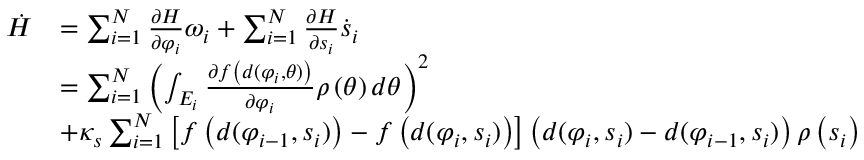
\begin{array} { r l } { \dot { H } } & { = \sum _ { i = 1 } ^ { N } { \frac { { \partial H } } { { \partial { \varphi _ { i } } } } { \omega _ { i } } } + \sum _ { i = 1 } ^ { N } { \frac { { \partial H } } { { \partial { s _ { i } } } } { { \dot { s } } _ { i } } } } \\ & { = \sum _ { i = 1 } ^ { N } { { { \left( { \int _ { { E _ { i } } } { \frac { { \partial f \left( { d ( { \varphi _ { i } } , \theta ) } \right) } } { { \partial { \varphi _ { i } } } } \rho \left( \theta \right) d \theta } } \right) } ^ { 2 } } } } \\ & { + { \kappa _ { s } } \sum _ { i = 1 } ^ { N } { \left[ { f \left( { d ( { \varphi _ { i - 1 } } , { s _ { i } } ) } \right) - f \left( { d ( { \varphi _ { i } } , { s _ { i } } ) } \right) } \right] } \left( { d ( { \varphi _ { i } } , { s _ { i } } ) - d ( { \varphi _ { i - 1 } } , { s _ { i } } ) } \right) \rho \left( { { s _ { i } } } \right) } \end{array}